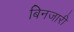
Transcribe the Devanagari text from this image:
बिनजारी